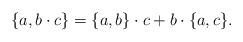
LaTeX: \begin{align*}\{a,b\cdot c\}=\{a,b\}\cdot c+b\cdot\{a,c\}.\end{align*}